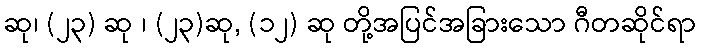
ဆု၊ (၂၃) ဆု ၊ (၂၃)ဆု, (၁၂) ဆု တို့အပြင်အခြားသော ဂီတဆိုင်ရာ